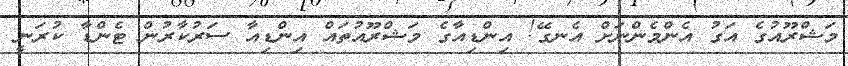
މަޝްރޫއުގެ އަގު އެންމެންނަށް އެނގޭ! އިންޑިއާގެ މަޝްރޫއުތައް އިންޑިއާ ސަރުކާރުން ޓެންޑާ ކުރަނީ